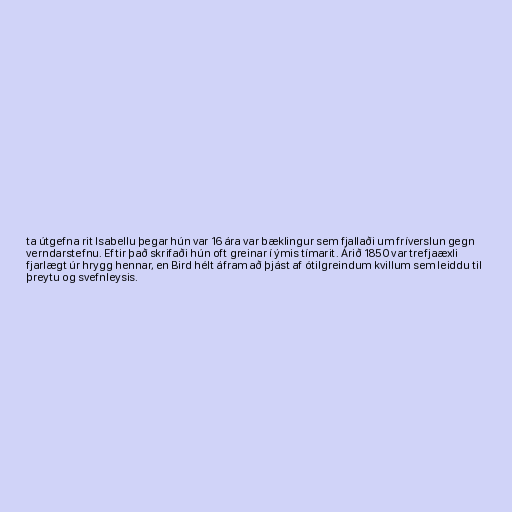
ta útgefna rit Isabellu þegar hún var 16 ára var bæklingur sem fjallaði um fríverslun gegn
verndarstefnu. Eftir það skrifaði hún oft greinar í ýmis tímarit. Árið 1850 var trefjaæxli
fjarlægt úr hrygg hennar, en Bird hélt áfram að þjást af ótilgreindum kvillum sem leiddu til
þreytu og svefnleysis.